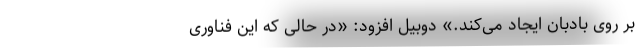
بر روی بادبان ایجاد می‌کند.» دوبیل افزود: «در حالی که این فناوری